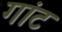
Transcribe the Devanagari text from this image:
गांट